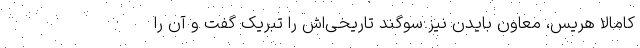
کامالا هریس، معاون بایدن نیز سوگند تاریخی‌اش را تبریک گفت و آن را